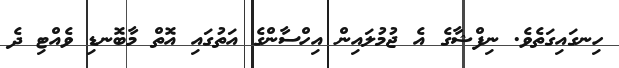
ހިނގައިގަތެވެ. ނިފްޝާގެ އެ ޖުމުލައިން އިހްސާންގެ އަތުގައި އޮތް މާބޮނޑި ވެއްޓި ދެ